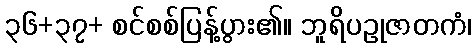
၃၆+၃၇+ စင်စစ်ပြန့်ပွား၏။ ဘူရိပဥုဇာတကံ၊